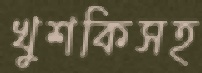
খুশকিসহ